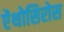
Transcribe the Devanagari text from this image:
ऐंथोसिरोस